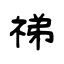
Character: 祶